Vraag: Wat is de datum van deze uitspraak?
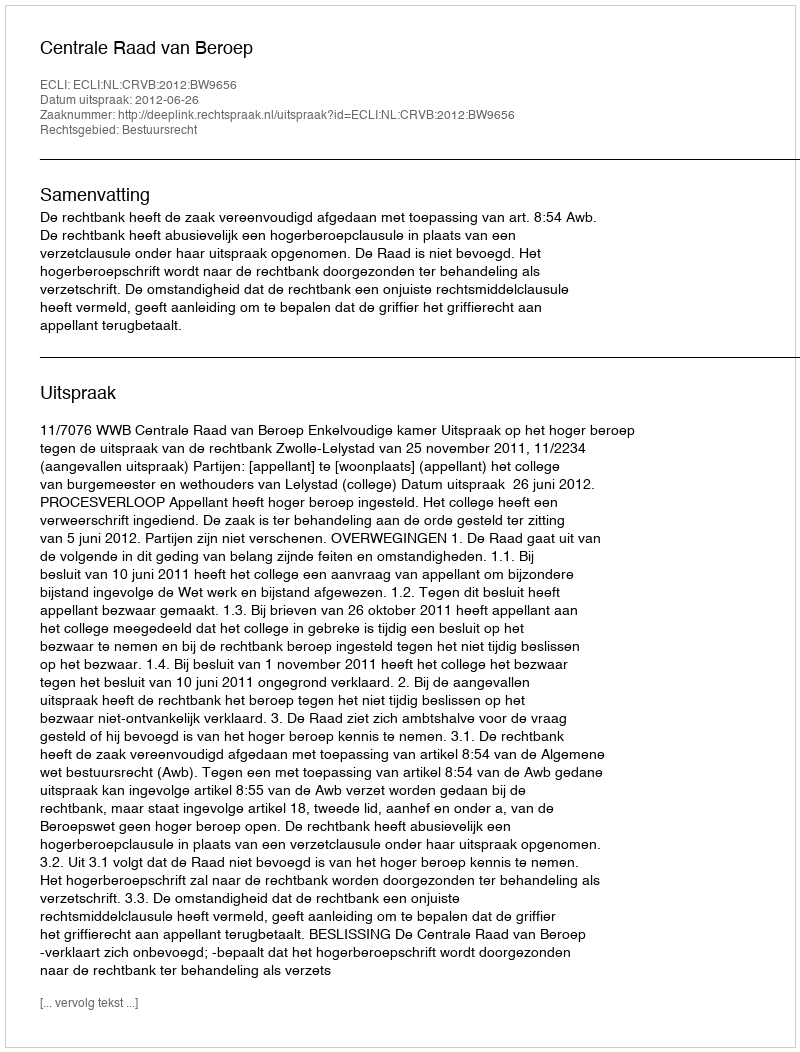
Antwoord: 2012-06-26